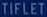
TIFLET